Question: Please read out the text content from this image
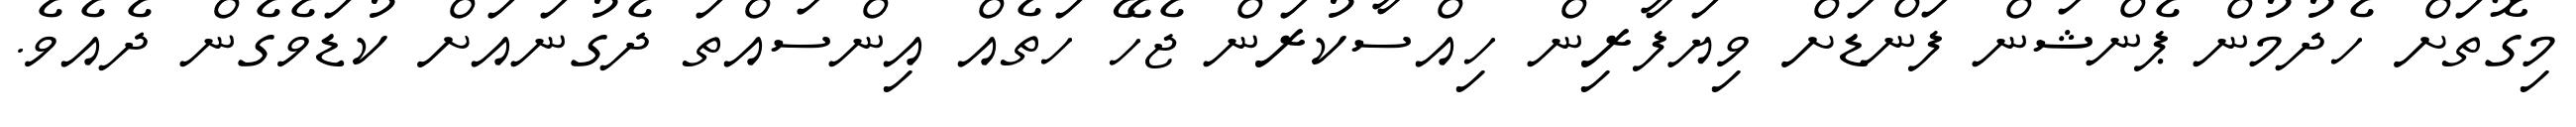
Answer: މިގޮތަށް ހެދުމުން ޕެންޝަން ފަންޑަށް ވިޔަފާރިން ހިއްސާކުރަން ޖެހޭ ހަތެއް އިންސައްތަ ދެގުނައަށް ކުޑަވެގެން ދެއެވެ.